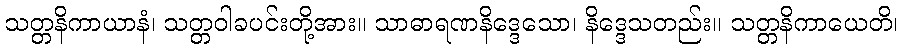
သတ္တနိကာယာနံ၊ သတ္တဝါခပင်းတို့အား။ သာဓာရဏနိဒ္ဒေသော၊ နိဒ္ဒေသတည်း။ သတ္တနိကာယေတိ၊